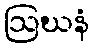
ဩဃနံ